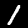
Label: 1